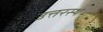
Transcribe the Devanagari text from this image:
उत्तरस्थ